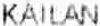
KAILAN